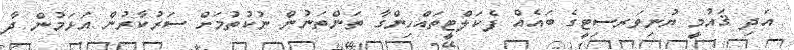
އަދި ޤައުމީ ޔުނިވަރސިޓީގެ ބައެއް ފެކަލްޓީތައްހިންގާ ތަންތަނުން ނުކުތުމަށް ސަރުކާރުން އަޅަމުން ދާ